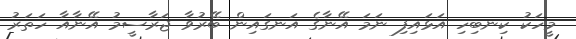
މީހަކު ކިނބިހި އަޅައިފި ނަމަ އޭނާގެ އަނގައިން ބޭރުވާ ޖަރާސީމު އޭނާއާ ހަތަރު